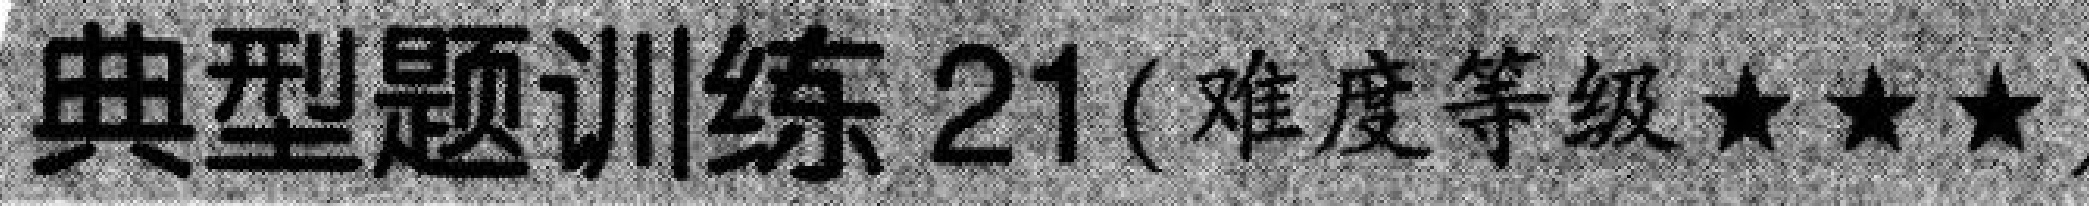
典型题训练21(难度等级★★★)